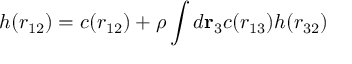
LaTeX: h ( r _ { 1 2 } ) = c ( r _ { 1 2 } ) + \rho \int d \mathbf { r } _ { 3 } c ( r _ { 1 3 } ) h ( r _ { 3 2 } )